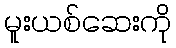
မူးယစ်ဆေးကို